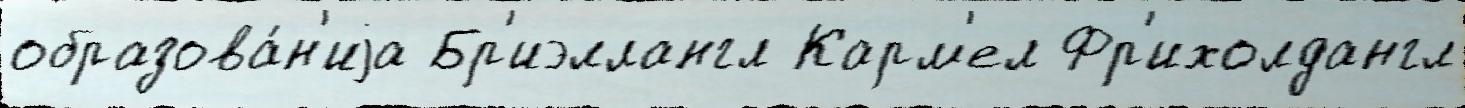
образова́н'иjа Бр'иэллангл Карм'ел Фр'ихолдангл